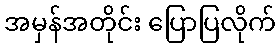
အမှန်အတိုင်း ပြောပြလိုက်